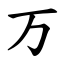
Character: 万